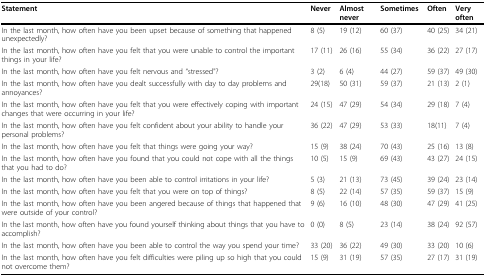
| Statement | Never | Almost never | Sometimes | Often | Very often |
 | --- | --- | --- | --- | --- | --- |
 | In the last month, how often have you been upset because of something that happened unexpectedly? | 8 (5) | 19 (12) | 60 (37) | 40 (25) | 34 (21) |
 | In the last month, how often have you felt that you were unable to control the important things in your life? | 17 (11) | 26 (16) | 55 (34) | 36 (22) | 27 (17) |
 | In the last month, how often have you felt nervous and "stressed"? | 3 (2) | 6 (4) | 44 (27) | 59 (37) | 49 (30) |
 | In the last month, how often have you dealt successfully with day to day problems and annoyances? | 29(18) | 50 (31) | 59 (37) | 21 (13) | 2 (1) |
 | In the last month, how often have you felt that you were effectively coping with important changes that were occurring in your life? | 24 (15) | 47 (29) | 54 (34) | 29 (18) | 7 (4) |
 | In the last month, how often have you felt confident about your ability to handle your personal problems? | 36 (22) | 47 (29) | 53 (33) | 18(11) | 7 (4) |
 | In the last month, how often have you felt that things were going your way? | 15 (9) | 38 (24) | 70 (43) | 25 (16) | 13 (8) |
 | In the last month, how often have you found that you could not cope with all the things that you had to do? | 10 (5) | 15 (9) | 69 (43) | 43 (27) | 24 (15) |
 | In the last month, how often have you been able to control irritations in your life? | 5 (3) | 21 (13) | 73 (45) | 39 (24) | 23 (14) |
 | In the last month, how often have you felt that you were on top of things? | 8 (5) | 22 (14) | 57 (35) | 59 (37) | 15 (9) |
 | In the last month, how often have you been angered because of things that happened that were outside of your control? | 9 (6) | 16 (10) | 48 (30) | 47 (29) | 41 (25) |
 | In the last month, how often have you found yourself thinking about things that you have to accomplish? | 0 (0) | 8 (5) | 23 (14) | 38 (24) | 92 (57) |
 | In the last month, how often have you been able to control the way you spend your time? | 33 (20) | 36 (22) | 49 (30) | 33 (20) | 10 (6) |
 | In the last month, how often have you felt difficulties were piling up so high that you could not overcome them? | 15 (9) | 31 (19) | 57 (35) | 27 (17) | 31 (19) |